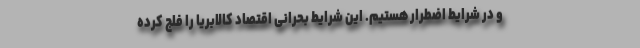
و در شرایط اضطرار هستیم. این شرایط بحرانی اقتصاد کالابریا را فلج کرده